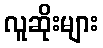
လူဆိုးများ